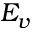
E _ { v }